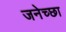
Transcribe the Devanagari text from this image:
जनेच्छा